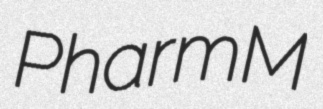
PharmM